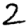
Digit: 2